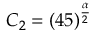
C _ { 2 } = ( 4 5 ) ^ { \frac \alpha 2 }